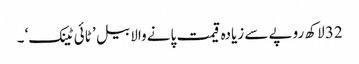
32 لاکھ روپے سے زیادہ قیمت پانے والا بیل ’ ٹائی ٹینک‘ ۔